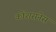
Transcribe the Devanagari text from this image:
कोंशसनेस